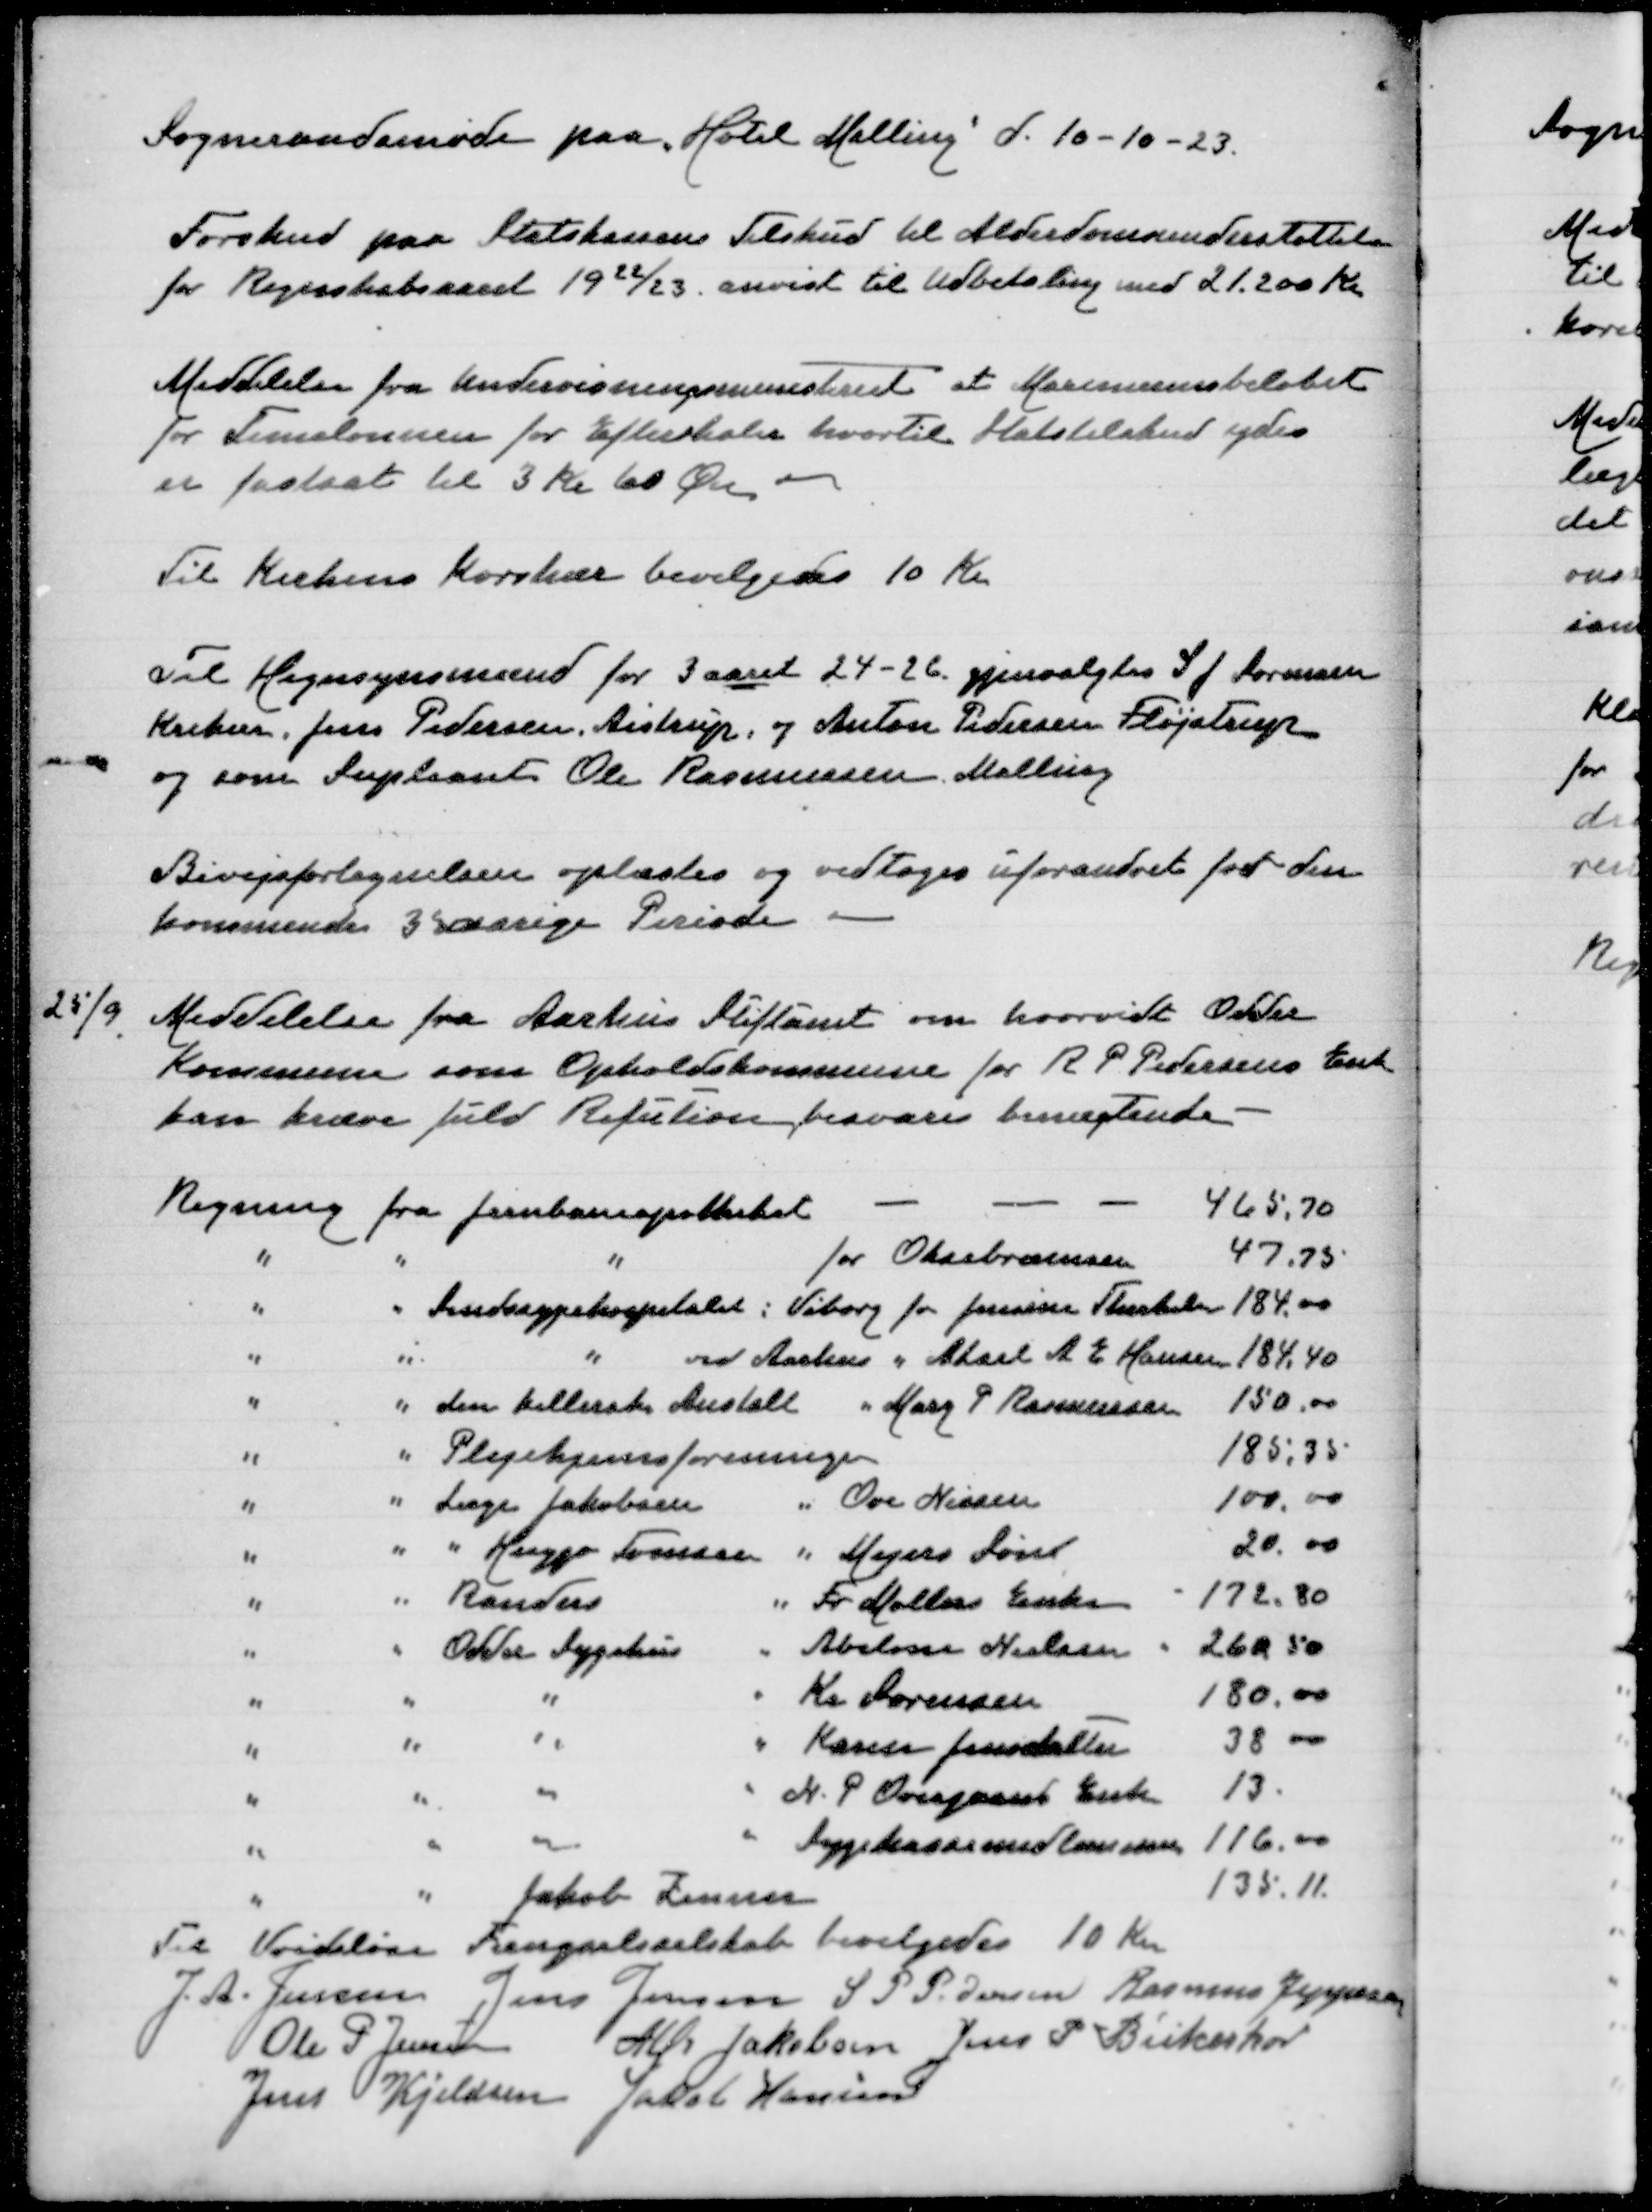
Transskription:
Sogneraadsmøde paa "Hotel Malling" d 10-10-23
Forskud paa Statskassens Tilskud til Alderdomsunderstøttelse
for Regnskabsaaret 1922/23 anvist til Udbetaling med 21.200 Kr
Meddelelse fra Undervisningsministeriet at Maximumsbeløbet
for Timelønnen for Efterskoler hvortil Statstilskud ydes
er fastsat til 3 Kr 60 Øre

Til Kirkens Korshær bevilgedes 10 Kr

Til Hegnsynsmand for 3 aaret 24-26 gjenvalgtes S J Sørensen
Krekær, Jens Pedersen, Aistrup, og Anton Pedersen Fløjstrup
og som Supleant Ole Rasmussen Malling

Bivejsfortegnelsen oplæstes og vedtoges for den
kommende 3 aarige Periode

25/9 Meddelelse fra Aarhus Stiftamt om hvorvidt Odder
Kommune som Opholdskommune for R P Pedersens Enk
kan kræve fuld  refution, besvares benægtende

Regning fra Jernbaneapotheket
465,70
" " " for Oksebræmsen
47,75
" " Sindssygehospitalet i Viborg for Jensine Therkelsen
184,00
" " " ved Aarhus " Aksel A E Hansen
184,40
" " den kellerske Anstalt " Marg P Rasmussen
150,00
" " Plejehjemsforeningen
185,35
" " Læge Jakobsen " Ove Nissen
100,00
" " " Huggo Tomsen " Mogens Søest
20,00
" " Randers " Fr Møllers Enke
172,80
" " Odder Sygehus " Abelone Nielsen
260,50
" " " " Kr Sørensen
180.00
" " " " Karen Jensdatter
38,00
" " " " N P Overgaard Enke
13
" " " " Sygekassemedlemmerne
116,00
" " Jakob Zinner
135,11
Til Vridløselille Fængselsselskab bevilgedes 10 Kr
J A Jensen
Jens Jensen
S P Pedersen
Rasmus Jeppesen
Ole P Jensen
Alfr Jakobsen
Jens P Birkeskov
Jens Kjeldsen
Jakob Hansen